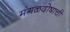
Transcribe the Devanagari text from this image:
मंगळदोषाची